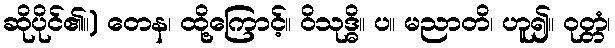
ဆိုပိုင်၏။) တေန၊ ထို့ကြောင့်။ ဝိသုဒ္ဓိ။ ပ။ မညာတိ၊ ဟူ၍။ ဝုတ္တံ၊